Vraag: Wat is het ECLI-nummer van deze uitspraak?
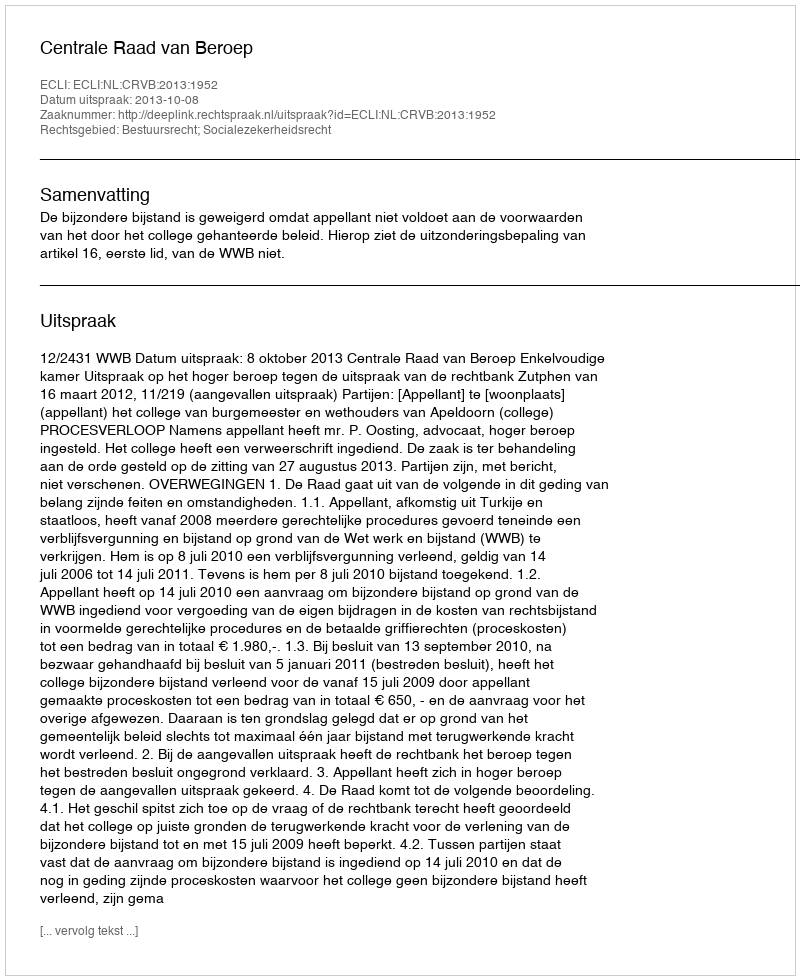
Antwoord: ECLI:NL:CRVB:2013:1952